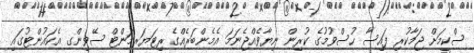
ސްކީމަށް ޖަމާކުރި ފައިސާ ހުސްވުމުގެ ކުރިން ނިޔާވެއްޖެނަމަ އެމެންބަރެއްގެ ރިޓަޔަރމަންޓް ސޭވިންގ އެކައުންޓުގައި